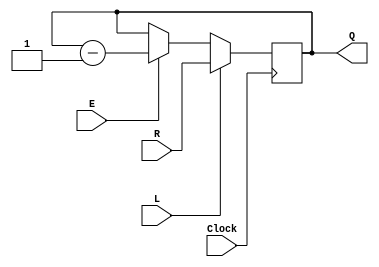
/* down counting circuit for use in homework 4.
 *
 * Inputs:
 *   R     - input to load into counter
 *   Clock - should be connected to a 50 MHz clock
 *   E     - enable signal to decrement count
 *   L     - signal to load new value
 *
 * Outputs:
 *   Q     - current count
 *
 * Parameters:
 *   n     - bit-length of count
 */
module downcount (R, Clock, E, L, Q);
	parameter n = 8;
	input [n-1:0] R;
	input Clock, L, E;
	output reg [n-1:0] Q;

	always @(posedge Clock)
		if (L)
			Q <= R;
		else if (E)
			Q <= Q - 1;

endmodule